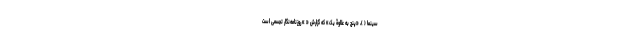
سینما (‌ )، «پنج به علاوۀ یک» که گزارش « » روزنامه‌نگار تجسمی است